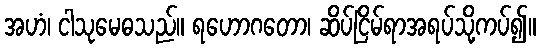
အဟံ၊ ငါသုမေဓသည်။ ရဟောဂတော၊ ဆိပ်ငြိမ်ရာအရပ်သို့ကပ်၍။